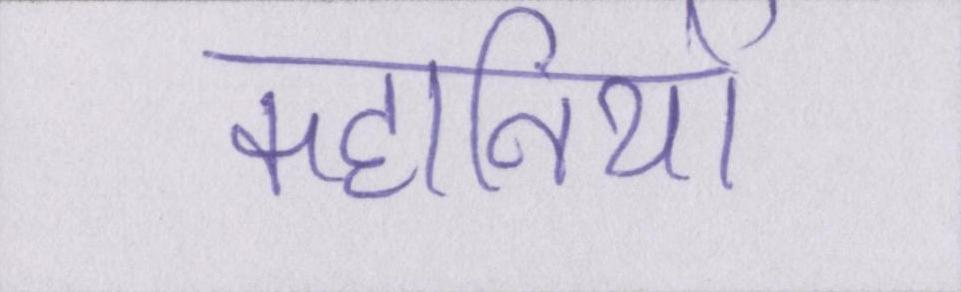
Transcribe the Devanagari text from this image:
कहानियों